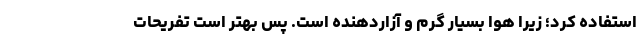
استفاده کرد؛ زیرا هوا بسیار گرم و آزاردهنده است. پس بهتر است تفریحات